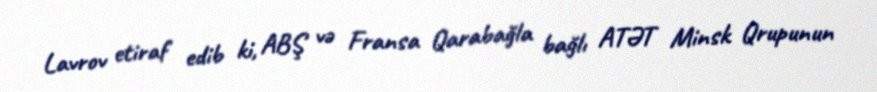
Lavrov etiraf edib ki, ABŞ və Fransa Qarabağla bağlı ATƏT Minsk Qrupunun